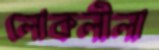
লোকলীলা